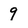
Character: 9